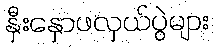
နှီးနှောဖလှယ်ပွဲများ